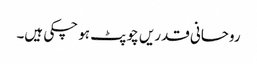
روحانی قدریں چوپٹ ہو چکی ہیں۔